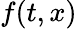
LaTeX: f(t,x)